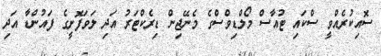
ސޮއިކުރެއްވީ ސްކައި ޓުއާސް މޯލްޑިވްސްގެ މެނޭޖިން ޑިރެކްޓަރު އަދި ލަވަފޮށީގެ ފައުންޑާ އަދި